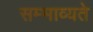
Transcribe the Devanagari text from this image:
सम्भाव्यते